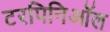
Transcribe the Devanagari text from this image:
टरपिनिऑल